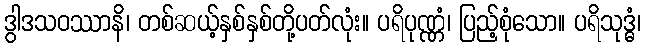
ဒွါဒသဝဿာနိ၊ တစ်ဆယ့်နှစ်နှစ်တို့ပတ်လုံး။ ပရိပုဏ္ဏံ၊ ပြည့်စုံသော။ ပရိသုဒ္ဓံ၊